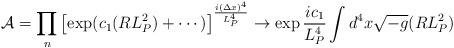
\begin{align*}{\mathcal A} = \prod _n \left[ \exp (c_1 (RL_P^2)+\cdots )\right]^{{i(\Delta x)^4\over L_P^4}} \to \exp {ic_1\over L_P^4} \int d^4x \sqrt{-g} (RL_P^2)\end{align*}